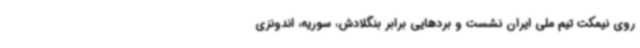
روی نیمکت تیم ملی ایران نشست و بردهایی برابر بنگلادش، سوریه، اندونزی